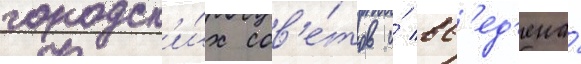
городск'и́х сов'е́тов и́ вв'ед'ена́